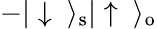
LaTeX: -|\downarrow\ \rangle_{\mathrm{s}}|\uparrow\ \rangle_{\mathrm{o}}